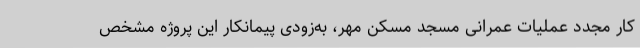
کار مجدد عملیات عمرانی مسجد مسکن مهر، به‌زودی پیمانکار این پروژه مشخص